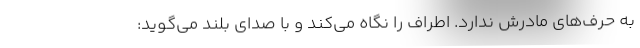
به حرف‌های مادرش ندارد. اطراف را نگاه می‌کند و با صدای بلند می‌گوید: